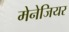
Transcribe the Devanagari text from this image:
मेनेजियर